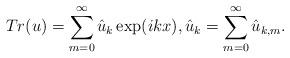
LaTeX: \begin{align*}Tr(u)= \sum_{m=0}^{\infty} \hat u_{k} \exp(i kx), \hat u_k=\sum_{m=0}^{\infty} \hat u_{k, m}. \end{align*}